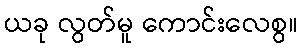
ယခု လွတ်မူ ကောင်းလေစွ။